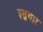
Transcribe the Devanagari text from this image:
इसुयार